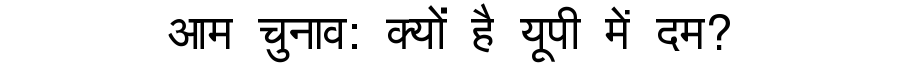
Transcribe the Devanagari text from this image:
आम चुनाव: क्यों है यूपी में दम?